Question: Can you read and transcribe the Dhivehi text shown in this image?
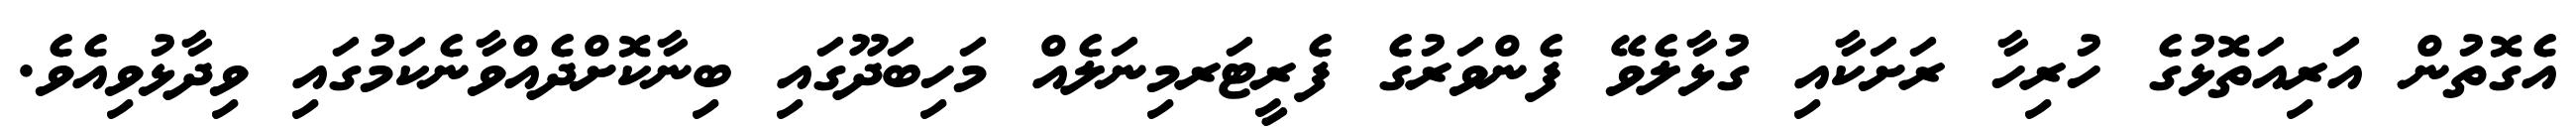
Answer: އެގޮތުން އަރިއަތޮޅުގެ ހުރިހާ ރަށަކާއި ގުޅާލެވޭ ފެންވަރުގެ ފެރީޓަރމިނަލެއް މަހިބަދޫގައި ބިނާކޮށްދެއްވާނެކަމުގައި ވިދާޅުވިއެވެ.